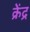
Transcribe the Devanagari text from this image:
क्रेंद्र